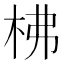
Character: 柫